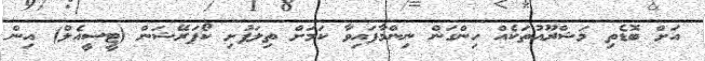
އަށް ބޮޑެތި މަޝްރޫއުތަކެއް ހިންގަން ނިންމާފައިވާ ކަމަށް ތިލަފުށި ކޯޕަރޭޝަން (ޓީސީއެލް) އިން